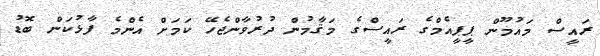
ރައީސް މައުމޫން ޕީޕީއެމްގެ ރައީސްގެ މަޤާމުން ދުރުވާންޖެހޭ ކަމަށް އެންމެ ފާޅުކަން ބޮޑު